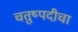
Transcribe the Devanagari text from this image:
चतुष्पदीचा